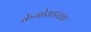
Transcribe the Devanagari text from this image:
केगोसारखा